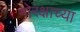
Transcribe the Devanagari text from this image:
गोरक्षाच्या